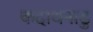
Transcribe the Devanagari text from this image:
कदाथनाडु